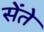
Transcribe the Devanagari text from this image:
सेंते